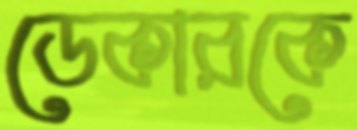
ডেকারকে